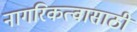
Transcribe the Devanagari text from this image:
नागरिकत्वासाठी